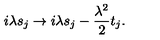
i \lambda s _ { j } \to i \lambda s _ { j } - \frac { \lambda ^ { 2 } } { 2 } t _ { j } .